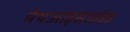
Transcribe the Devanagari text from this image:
मेथआइसर्जाइड